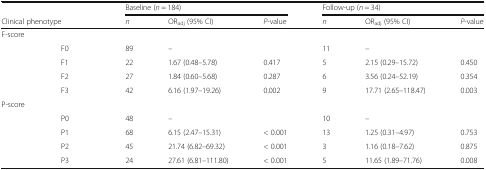
<table><thead><tr><td></td><td></td><td colspan="3"><b>Baseline (<i>n</i> = 184)</b></td><td colspan="3"><b>Follow-up (<i>n</i> = 34)</b></td></tr><tr><td colspan="2"><b>Clinical phenotype</b></td><td><b><i>n</i></b></td><td><b>OR<sub>adj</sub> (95% CI)</b></td><td><b><i>P</i>-value</b></td><td><b><i>n</i></b></td><td><b>OR<sub>adj</sub> (95% CI)</b></td><td><b><i>P</i>-value</b></td></tr></thead><tbody><tr><td colspan="8">F<i>-</i>score</td></tr><tr><td></td><td>F0</td><td>89</td><td>–</td><td></td><td>11</td><td>–</td><td></td></tr><tr><td></td><td>F1</td><td>22</td><td>1.67 (0.48–5.78)</td><td>0.417</td><td>5</td><td>2.15 (0.29–15.72)</td><td>0.450</td></tr><tr><td></td><td>F2</td><td>27</td><td>1.84 (0.60–5.68)</td><td>0.287</td><td>6</td><td>3.56 (0.24–52.19)</td><td>0.354</td></tr><tr><td></td><td>F3</td><td>42</td><td>6.16 (1.97–19.26)</td><td>0.002</td><td>9</td><td>17.71 (2.65–118.47)</td><td>0.003</td></tr><tr><td colspan="8">P<i>-</i>score</td></tr><tr><td></td><td>P0</td><td>48</td><td>–</td><td></td><td>10</td><td>–</td><td></td></tr><tr><td></td><td>P1</td><td>68</td><td>6.15 (2.47–15.31)</td><td>&lt; 0.001</td><td>13</td><td>1.25 (0.31–4.97)</td><td>0.753</td></tr><tr><td></td><td>P2</td><td>45</td><td>21.74 (6.82–69.32)</td><td>&lt; 0.001</td><td>3</td><td>1.16 (0.18–7.62)</td><td>0.875</td></tr><tr><td></td><td>P3</td><td>24</td><td>27.61 (6.81–111.80)</td><td>&lt; 0.001</td><td>5</td><td>11.65 (1.89–71.76)</td><td>0.008</td></tr></tbody></table>